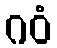
ဂဝံ